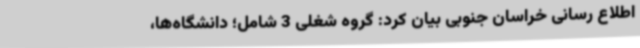
اطلاع رسانی خراسان جنوبی بیان کرد: گروه شغلی 3 شامل؛ دانشگاه‌ها،